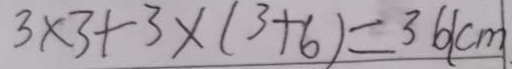
3 \times 3 + 3 \times ( 3 + 6 ) = 3 6 ( c m )